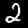
Digit: 2